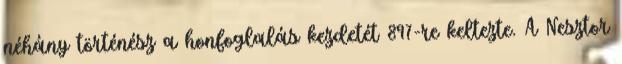
néhány történész a honfoglalás kezdetét 897-re keltezte. A Nesztor